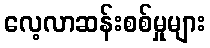
လေ့လာဆန်းစစ်မှုများ